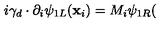
i \gamma _ { d } \cdot \partial _ { i } \psi _ { 1 L } ( \mathbf { x } _ { i } ) = M _ { i } \psi _ { 1 R } (